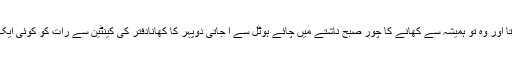
یہ ہی ڈنر …..بہت ہوا تو بازار سے کبھی کبھار بریانی یا برگر آ جاتا اور وہ تو ہمیشہ سے کھانے کا چور صبح ناشتے میں چائے ہوٹل سے آ جاتی دوپہر کا کھانادفتر کی کینٹین سے رات کو کوئی ایک آدھ پھل اس کی جیب میں ہوتا کھایا یا پانی پیا اور اللہ اللہ خیر صلا۔